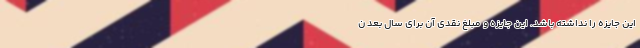
این جایزه را نداشته باشد. این جایزه و مبلغ نقدی آن برای سال بعد ن